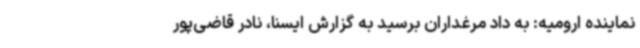
نماینده ارومیه: به داد مرغداران برسید به گزارش ایسنا، نادر قاضی‌پور